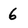
Character: 6